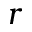
\boldsymbol { r }